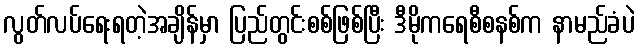
လွတ်လပ်ရေးရတဲ့အချိန်မှာ ပြည်တွင်းစစ်ဖြစ်ပြီး ဒီမိုကရေစီစနစ်က နာမည်ခံပဲ